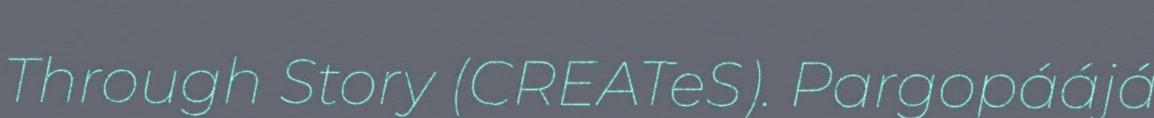
Through Story (CREATeS). Pargopáájá